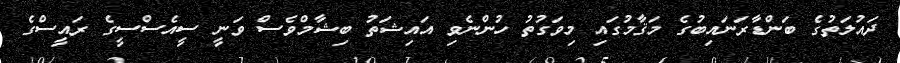
ދައުލަތުގެ ބަންޑާރަނައިބުގެ މަޤާމުގައި މިވަގުތު ހުންނެވި އައިޝަތު ބިޝާމްވެސް ވަނީ ސީއެސްސީގެ ރައީސްގެ